Papers set at the Examination for Leaving Certificates, 1894
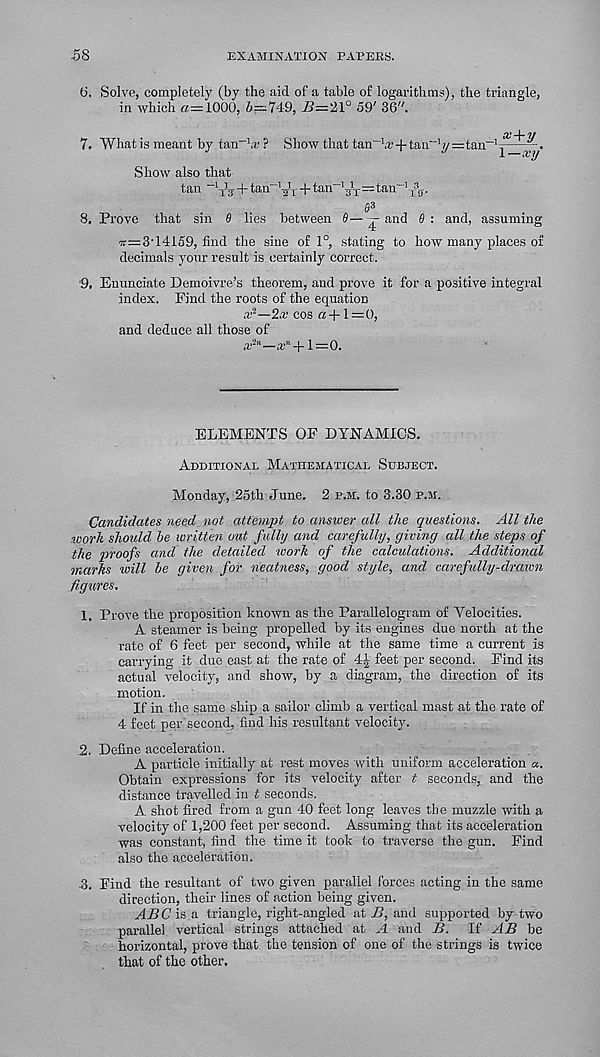
58
EXAMINATION PAPERS.
6. Solve, completely (by the aid of a table of logarithms), the triangle,
in which «=1006, 6=749, -B=21° 59' 36",
7. What is meant by tan '.r ? Show that tan“" 1 a'+tan“ :l y=tan _
1—xy
Show also that
tan “Ys + tan~y r +tan _ y x =tan' :
x f 5 .
6 3
8. Prove that sin 0 lies between 0—and 0: and, assuming
ir=3'14159, find the sine of 1°, stating to how many places of
decimals your result is certainly correct.
9. Enunciate Demoivre’s theorem, and prove it for a positive integral
index. Find the roots of the equation
x^—Zx cos « +1 = 0,
and deduce all those of
a,' 2 ’ 1 —x' l -\-1=0.
ELEMENTS OF DYNAMICS.
Additional Mathematical Subject.
Monday, 25th June. 2 p.m. to 3.30 p.m.
Candidates need not attempt to answer all the questions. All the
work should be written out fully and carefully, giving all the steps of
the proofs and the detailed work of the calculations. Additional
marks will be given for neatness, good style, and carefully-drawn
figures.
1. Prove the proposition known as the Parallelogram of Velocities.
A steamer is being propelled by its engines due north at the
rate of 6 feet per second, while at the same time a current is
carrying it due east at the rate of 4| feet per second. Find its
actual velocity, and show, by a diagram, the direction of its
motion.
If in the same ship a sailor climb a vertical mast at the rate of
4 feet per'second, find his resultant velocity.
.2. Define acceleration.
A particle initially at rest moves with uniform acceleration a.
Obtain expressions for its velocity after t seconds, and the
distance travelled in t seconds.
A shot fired from a gun 40 feet long leaves the muzzle with a
velocity of 1,200 feet per second. Assuming that its acceleration
was constant, find the time it took to traverse the gun. Find
also the acceleration.
.3. Find the resultant of two given parallel forces acting in the same
direction, their lines of action being given.
ABC is a triangle, right-angled at B, and supported by two
parallel vertical strings attached at A and B. If AB be
horizontal, prove that the tension of one of the strings is twice
that of the other.